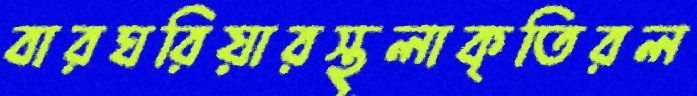
বারঘরিয়ারস্থূলাকৃতিরল